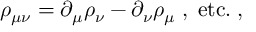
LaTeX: \rho _ { \mu \nu } = \partial _ { \mu } \rho _ { \nu } - \partial _ { \nu } \rho _ { \mu } \; , \; \mathrm { e t c . } \; ,